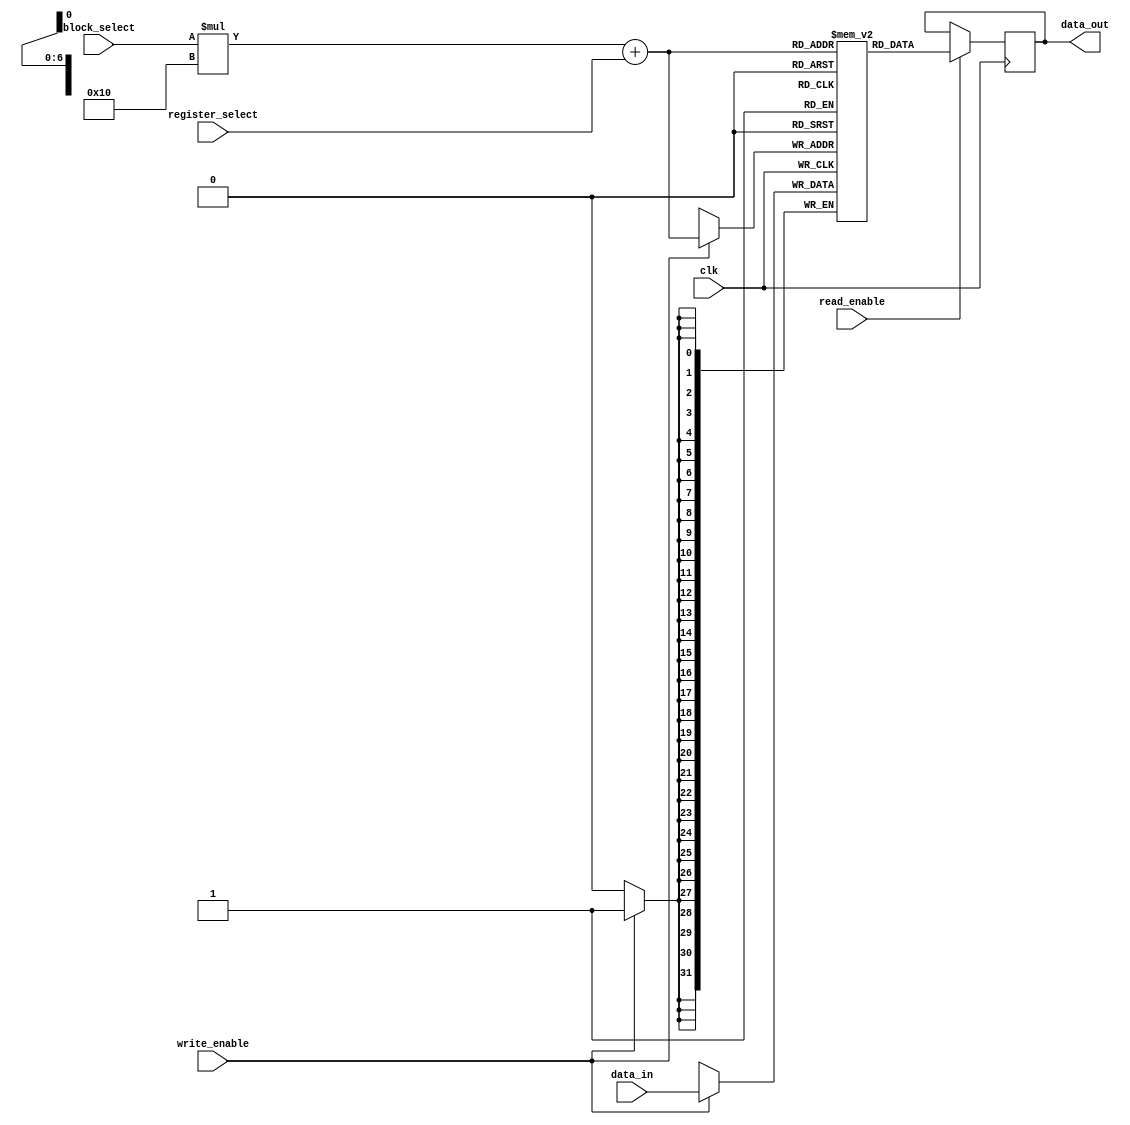
module MemoryBlocksStack (
    input wire [31:0] data_in,
    input wire clk,
    input wire write_enable,
    input wire read_enable,
    input wire [3:0] block_select,
    input wire [4:0] register_select,
    output reg [31:0] data_out
);

reg [31:0] memory_blocks [0:7][0:15]; // defining memory blocks with 8 blocks and 16 registers per block

always @ (posedge clk) begin
    if (write_enable) begin
        memory_blocks[block_select][register_select] <= data_in;
    end
end

always @ (posedge clk) begin
    if (read_enable) begin
        data_out <= memory_blocks[block_select][register_select];
    end
end

endmodule